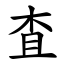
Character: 査